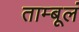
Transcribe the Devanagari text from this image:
ताम्बूलं